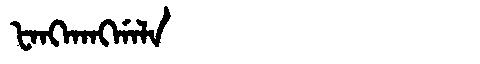
Manchu: ᡶᠠᠩᡴᠠᠩᡤᠠᠯᠠ
Romanization: FANGKANGGALA